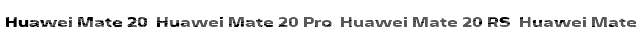
Huawei Mate 20  Huawei Mate 20 Pro  Huawei Mate 20 RS  Huawei Mate